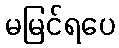
မမြင်ရပေ